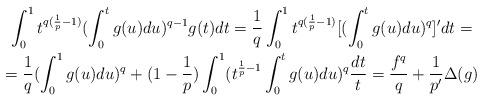
LaTeX: \begin{gather*}\int_{0}^{1}t^{q(\frac{1}{p}-1)}(\int_{0}^{t}g(u)du)^{q-1}g(t)dt=\frac{1}{q}\int_{0}^{1}t^{q(\frac{1}{p}-1)}[(\int_{0}^{t}g(u)du)^{q}]^{\prime}dt=\\=\frac{1}{q}(\int_{0}^{1}g(u)du)^{q}+(1-\frac{1}{p})\int_{0}^{1}(t^{\frac{1}{p}-1}\int_{0}^{t}g(u)du)^{q}\frac{dt}{t}=\frac{f^{q}}{q}+\frac{1}{p^{\prime}}\Delta(g)\end{gather*}